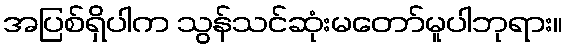
အပြစ်ရှိပါက သွန်သင်ဆုံးမတော်မူပါဘုရား။